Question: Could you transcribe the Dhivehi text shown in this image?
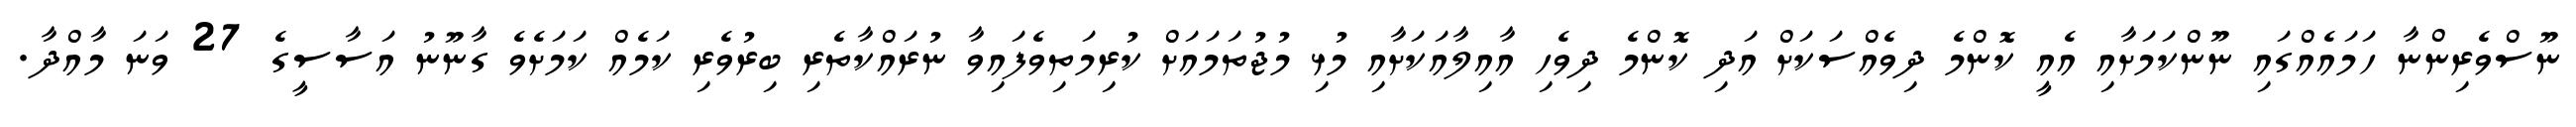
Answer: ނޫސްވެރިންނާ ހަމައެއްގައި ނޫންކަމަށާއި އެއީ ކޮންމެ ދިވެއްސަކަށް އަދި ކޮންމެ ދިވެހި އާއިލާއަކަށާއި މުޅި މުޖުތަމައަށް ކުރިމަތިވެފައިވާ ނުރައްކާތެރި ބިރުވެރި ކަމެއް ކަމަށެވެ ގާނޫނު އަސާސީގެ 27 ވަނަ މާއްދާ.